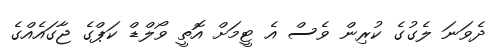
ދެވަނަ ލެގުގެ ކުރިން ވެސް އެ ޓީމަށް އޮތީ ވޯލްޑް ކަޕްގެ ޖާގައެއްގެ